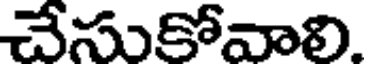
చేసుకోవాలి.